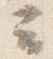
云